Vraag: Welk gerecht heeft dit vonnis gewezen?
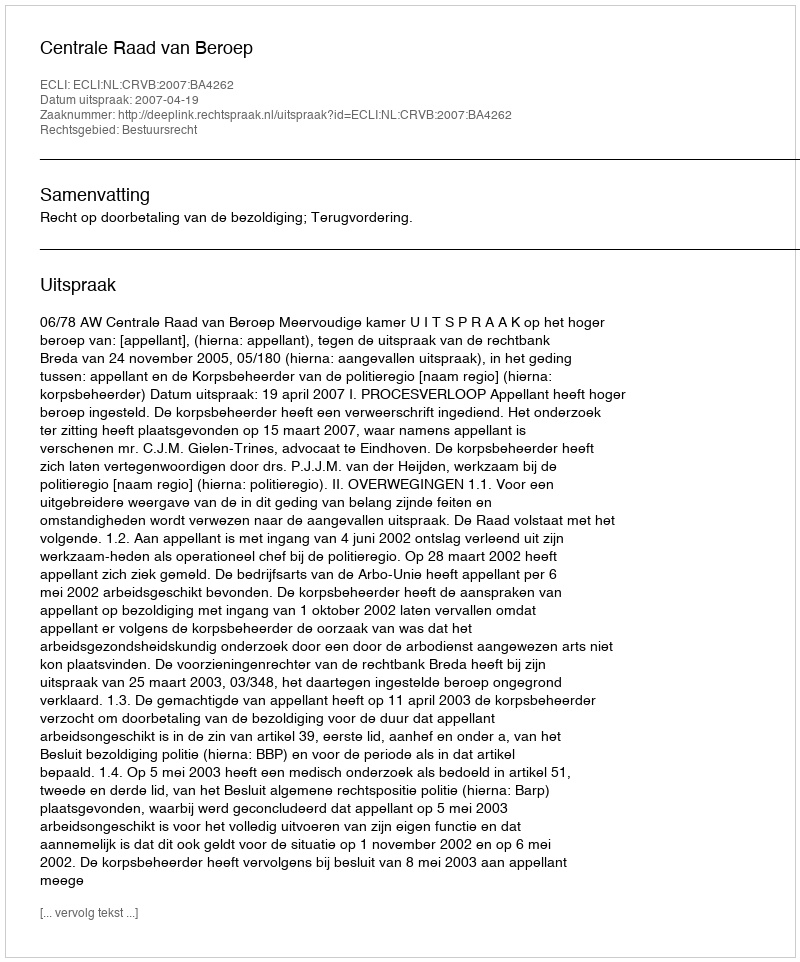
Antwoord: Centrale Raad van Beroep